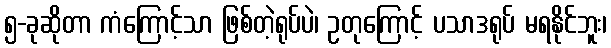
၅-ခုဆိုတာ ကံကြောင့်သာ ဖြစ်တဲ့ရုပ်ပဲ၊ ဥတုကြောင့် ပသာဒရုပ် မရနိုင်ဘူး၊